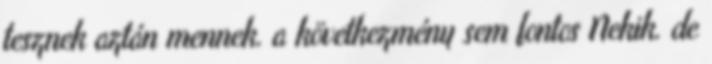
tesznek aztán mennek. a következmény sem fontos Nekik. de